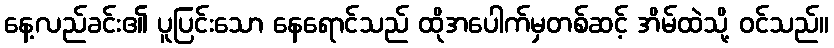
နေ့လည်ခင်း၏ ပူပြင်းသော နေရောင်သည် ထိုအပေါက်မှတစ်ဆင့် အိမ်ထဲသို့ ဝင်သည်။